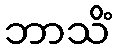
ဘာသိံ